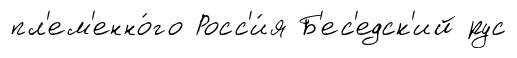
пл'ем'енно́го Росс'и́я Б'ес'едск'ий рус